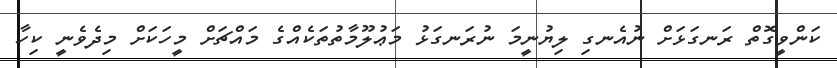
ކަންވީގޮތް ރަނގަޅަށް ނުއެނގި ލިޔުނީމަ ނުރަނގަޅު މަޢުލޫމާތުތަކެއްގެ މައްޗަށް މީހަކަށް މިދެވެނީ ކިހާ